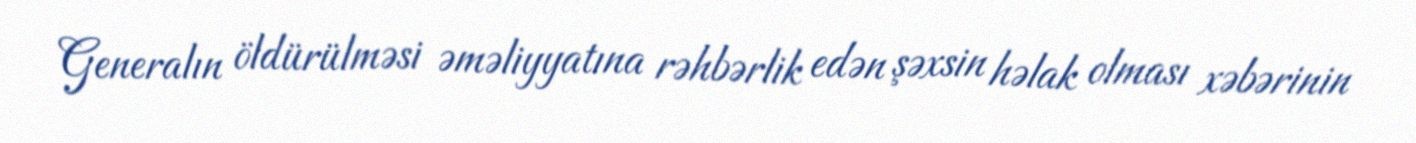
Generalın öldürülməsi əməliyyatına rəhbərlik edən şəxsin həlak olması xəbərinin